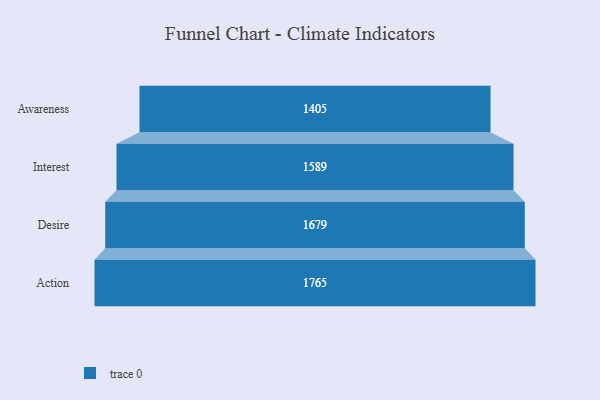
{"axis": {"x": "Stage", "y": "Value"}, "legend": [""], "data": [{"x": "Awareness", "y": 1405.0, "type": ""}, {"x": "Interest", "y": 1589.0, "type": ""}, {"x": "Desire", "y": 1679.0, "type": ""}, {"x": "Action", "y": 1765.0, "type": ""}]}